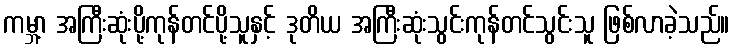
ကမ္ဘာ့ အကြီးဆုံးပို့ကုန်တင်ပို့သူနှင့် ဒုတိယ အကြီးဆုံးသွင်းကုန်တင်သွင်းသူ ဖြစ်လာခဲ့သည်။